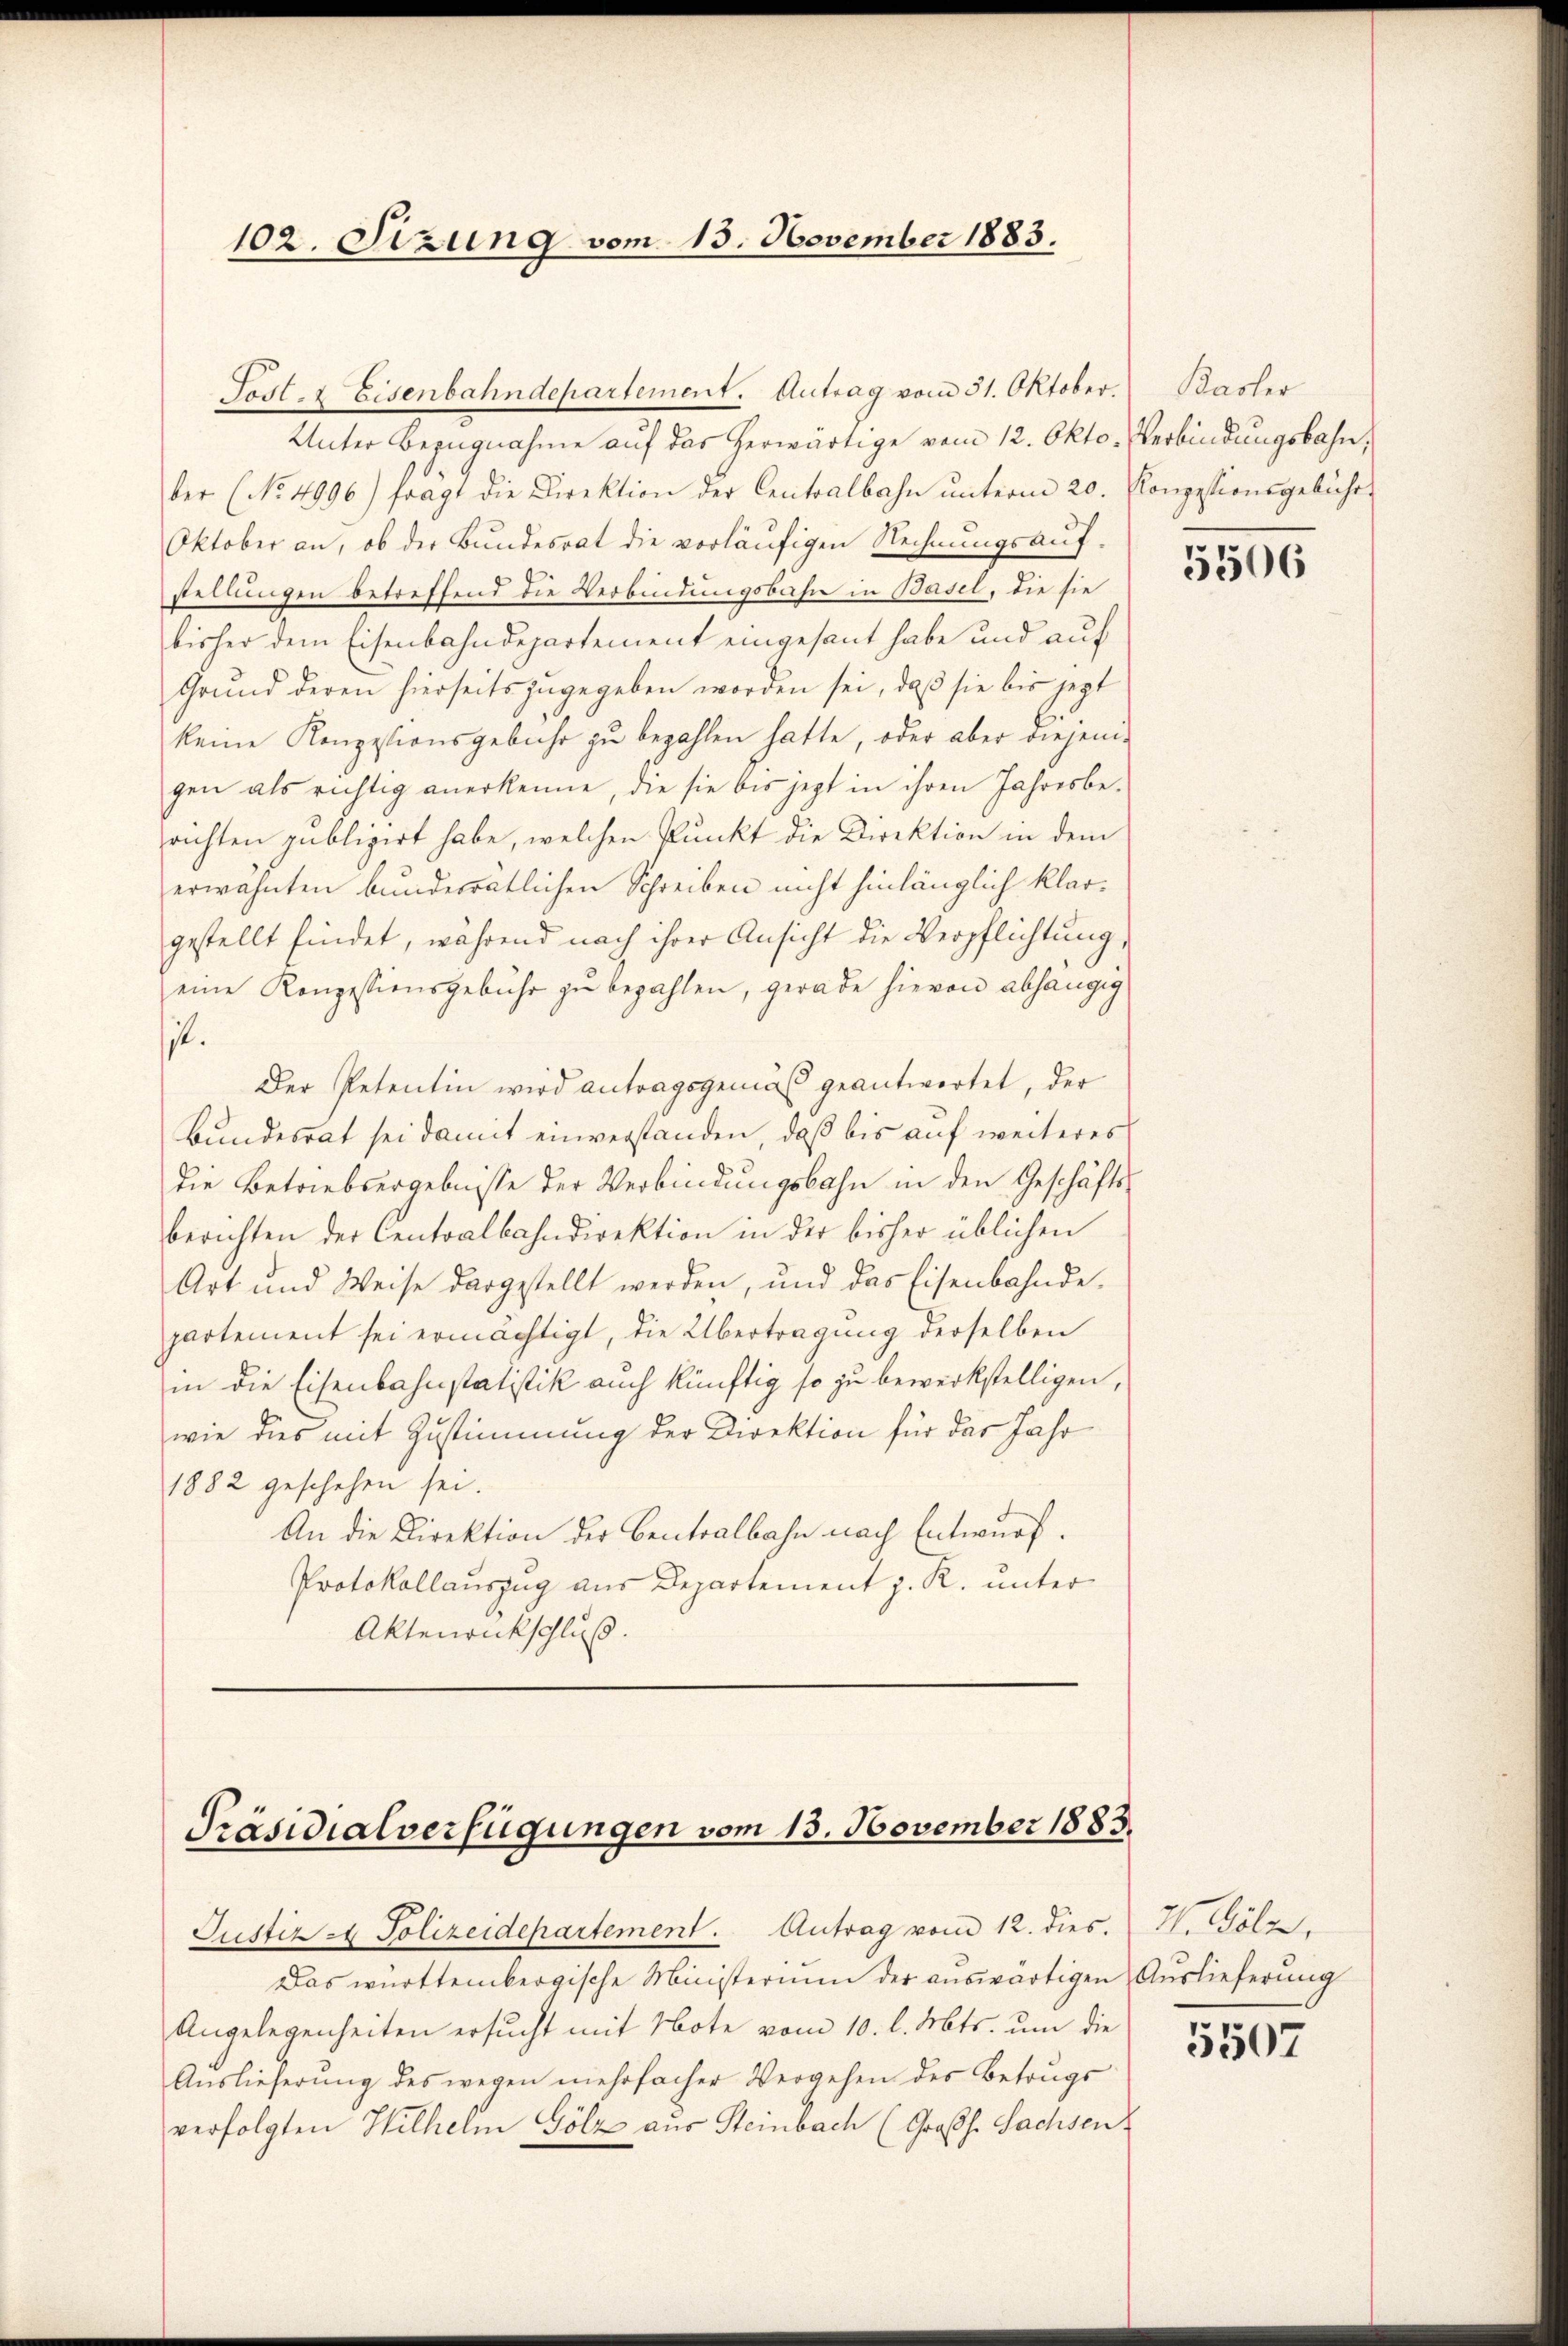
102. Sizung vom 15. November 1883.

Sodt. & Eisenbahndepartement. Antrag vom 31. Oktober. Basler

Unter Bezugnahme auf das herwärtige vom 12. Okto
der (No. 4996) fragt die Direktion der Centralbahn ŭnterm 20. Konzessionsgebühr-
Oktober an, ob der Bundesrat die vorläufigen Rechnungsauf-
stellungen betreffend die Verbindungsbahn in Basel, die sie
bisher dem Eisenbahndepartement eingesant habe und auf
Grund deren hierseits zugegeben worden sei, daß sie bis jezt
keine Konpptionsgebühr zu bezahlen hatte, oder aber diejenigen als richtig anerkenne, die sie bis jezt in ihren Jahresberichten publizirt habe, welchen Punkt die Direktion in dem
erwähnten bunderratlichen Schreiben nicht hinlänglich klargestellt findet, während nach ihrer Ansicht die Verpflichtung,
eine Konzessionsgebühr zu bezahlen, gerade hievon abhängig
it.
Der Petentin wird antragsgemäß geantwortet, der
Bundesrat sei damit einverstanden, daß bis auf weiteres
die Betriebsergebnisse der Verbindungsbahn in den Geschäftsberichten der Centralbahndirektion in der bisher üblichen
Art und Weise dargestellt werden, und das Eisenbahnde-
partement sei ermächtigt, die Übertragung derselben
in die Eisenbahnstatistik auch künftig so zu bewerkstelligen,
wie dies mit Zustimmung der Direktion für das Jahr
1882 geschehen sei.
An die Direktion der Centralbahn nach Entwurf.
Protokollauszug aus Departement z. R. unter
Aktenrückschluß.

Präsidialverfügungen vom 13. November 1883.
Justiz & Polizeidepartement. Antrag vom 12. dies.

Das württembergische Ministerium der aŭswärtigen Auslieferung
Angelegenheiten ersucht mit Note vom 10. l. Mts. um die
Aŭslieferŭng des wegen mehrfacher Vergehen des Betrugs
verfolgten Hilhelm Gölz aus Steinbach (Großh. Sachsen

Verbindungsbahn,

5506

H. Gölz

5507